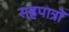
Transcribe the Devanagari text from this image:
सहपात्रों